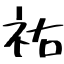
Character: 祐